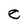
Character: e